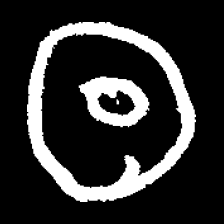
Pyu character \u2014 Myanmar letter: ထ (romanized: tha)